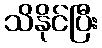
သိနိုင်ပြီး